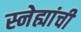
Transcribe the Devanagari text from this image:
स्नेह्यांची